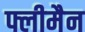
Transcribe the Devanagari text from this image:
फ्लीमैन